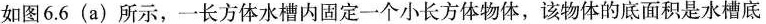
如图6.6（a）所示，一个长当方体22水槽内固定一个小长方体物体，该物体的底面积是水槽底